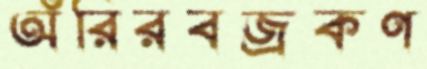
অঁরিরবজ্রকণ